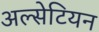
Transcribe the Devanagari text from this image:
अल्सेटियन